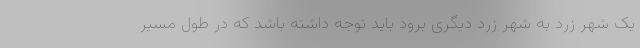
یک شهر زرد به شهر زرد دیگری برود باید توجه داشته باشد که در طول مسیر